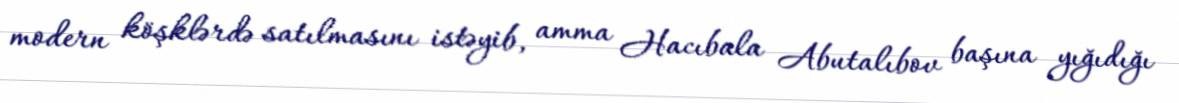
modern köşklərdə satılmasını istəyib, amma Hacıbala Abutalıbov başına yığıdığı